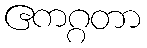
ဧကဂ္ဂတာ